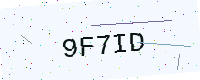
Text: 9F7ID